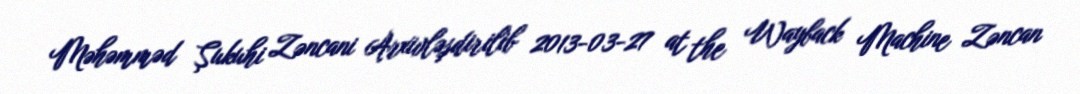
Məhəmməd Şukuhi Zəncani Arxivləşdirilib 2013-03-27 at the Wayback Machine Zəncan